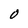
Character: O